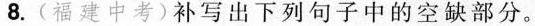
8.(福建中考)补写出下列句子中的空缺部分。